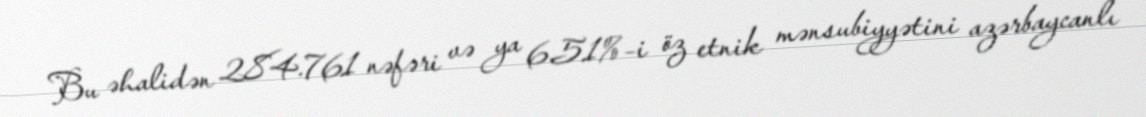
Bu əhalidən 284.761 nəfəri və ya 6.51%–i öz etnik mənsubiyyətini azərbaycanlı